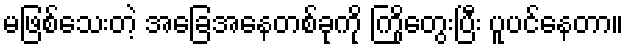
မဖြစ်သေးတဲ့ အခြေအနေတစ်ခုကို ကြိုတွေးပြီး ပူပင်နေတာ။